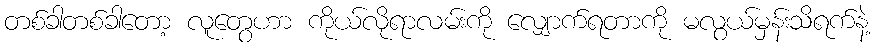
တစ်ခါတစ်ခါတော့ လူတွေဟာ ကိုယ်လိုရာလမ်းကို လျှောက်ရတာကို မလွယ်မှန်းသိရက်နဲ့